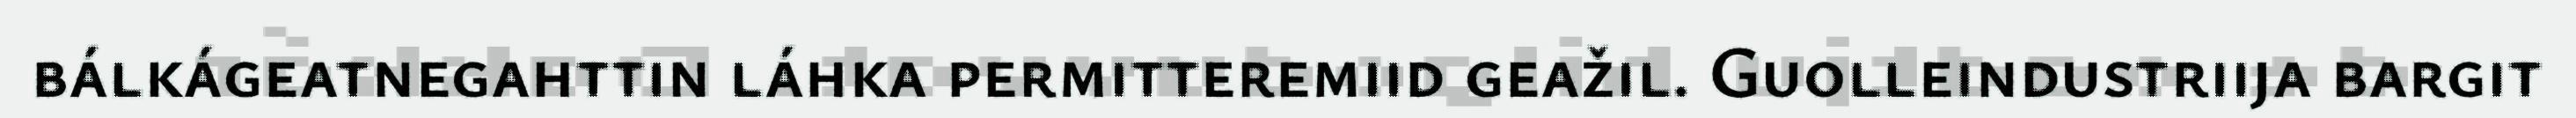
bálkágeatnegahttin láhka permitteremiid geažil. Guolleindustriija bargit